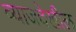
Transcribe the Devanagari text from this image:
व्याजदेखील